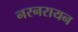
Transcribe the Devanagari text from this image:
नरनरायन